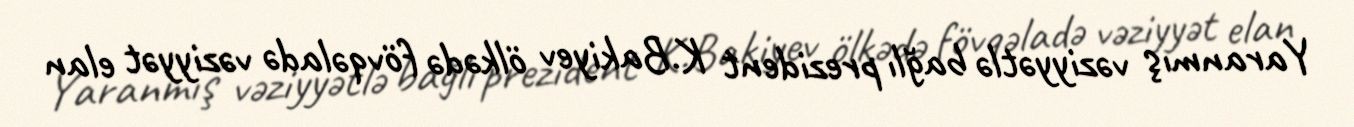
Yaranmış vəziyyətlə bağlı prezident K.Bakiyev ölkədə fövqəladə vəziyyət elan